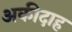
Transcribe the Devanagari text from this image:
अकीदाह